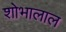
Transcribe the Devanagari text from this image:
शोभालाल